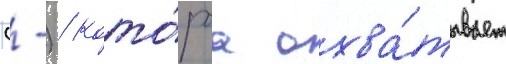
(-) / кото́раа охва́тывает